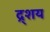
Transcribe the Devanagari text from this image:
द्र्शय